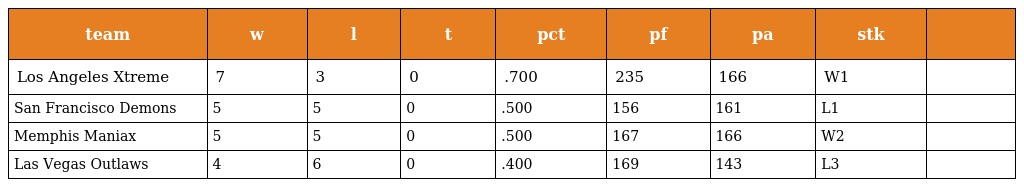
| team | w | l | t | pct | pf | pa | stk |  |
 | --- | --- | --- | --- | --- | --- | --- | --- | --- |
 | Los Angeles Xtreme | 7 | 3 | 0 | .700 | 235 | 166 | W1 |  |
 | San Francisco Demons | 5 | 5 | 0 | .500 | 156 | 161 | L1 |  |
 | Memphis Maniax | 5 | 5 | 0 | .500 | 167 | 166 | W2 |  |
 | Las Vegas Outlaws | 4 | 6 | 0 | .400 | 169 | 143 | L3 |  |